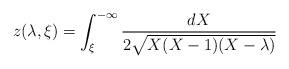
LaTeX: \begin{align*}z(\lambda,\xi)= \int_\xi^{-\infty} \frac{dX}{2\sqrt{X(X-1)(X-\lambda)}}\end{align*}